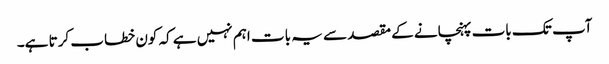
آپ تک بات پہنچانے کے مقصد سے یہ بات اہم نہیں ہے کہ کون خطاب کرتا ہے۔